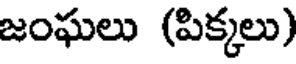
జంఘలు (పిక్కలు)